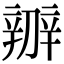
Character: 辧